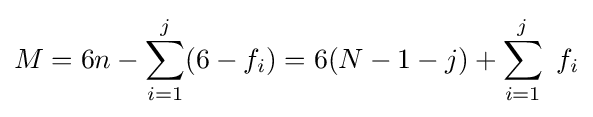
M=6n-\sum _{i=1}^{j}(6-f_{i})=6(N-1-j)+\sum _{i=1}^{j}\ f_{i}